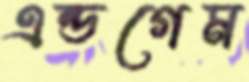
এন্ডগেম